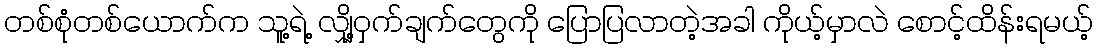
တစ်စုံတစ်ယောက်က သူ့ရဲ့ လျှို့ဝှက်ချက်တွေကို ပြောပြလာတဲ့အခါ ကိုယ့်မှာလဲ စောင့်ထိန်းရမယ့်